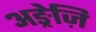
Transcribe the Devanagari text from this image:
अङ्रेज़ि